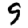
Digit: 9